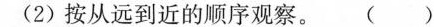
(2)按从远到近的顺序观察。( )